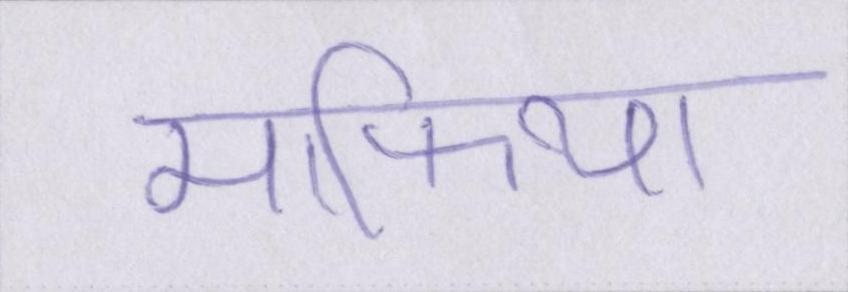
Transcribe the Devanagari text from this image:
माफिया